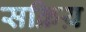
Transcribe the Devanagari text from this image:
सक्रिय़